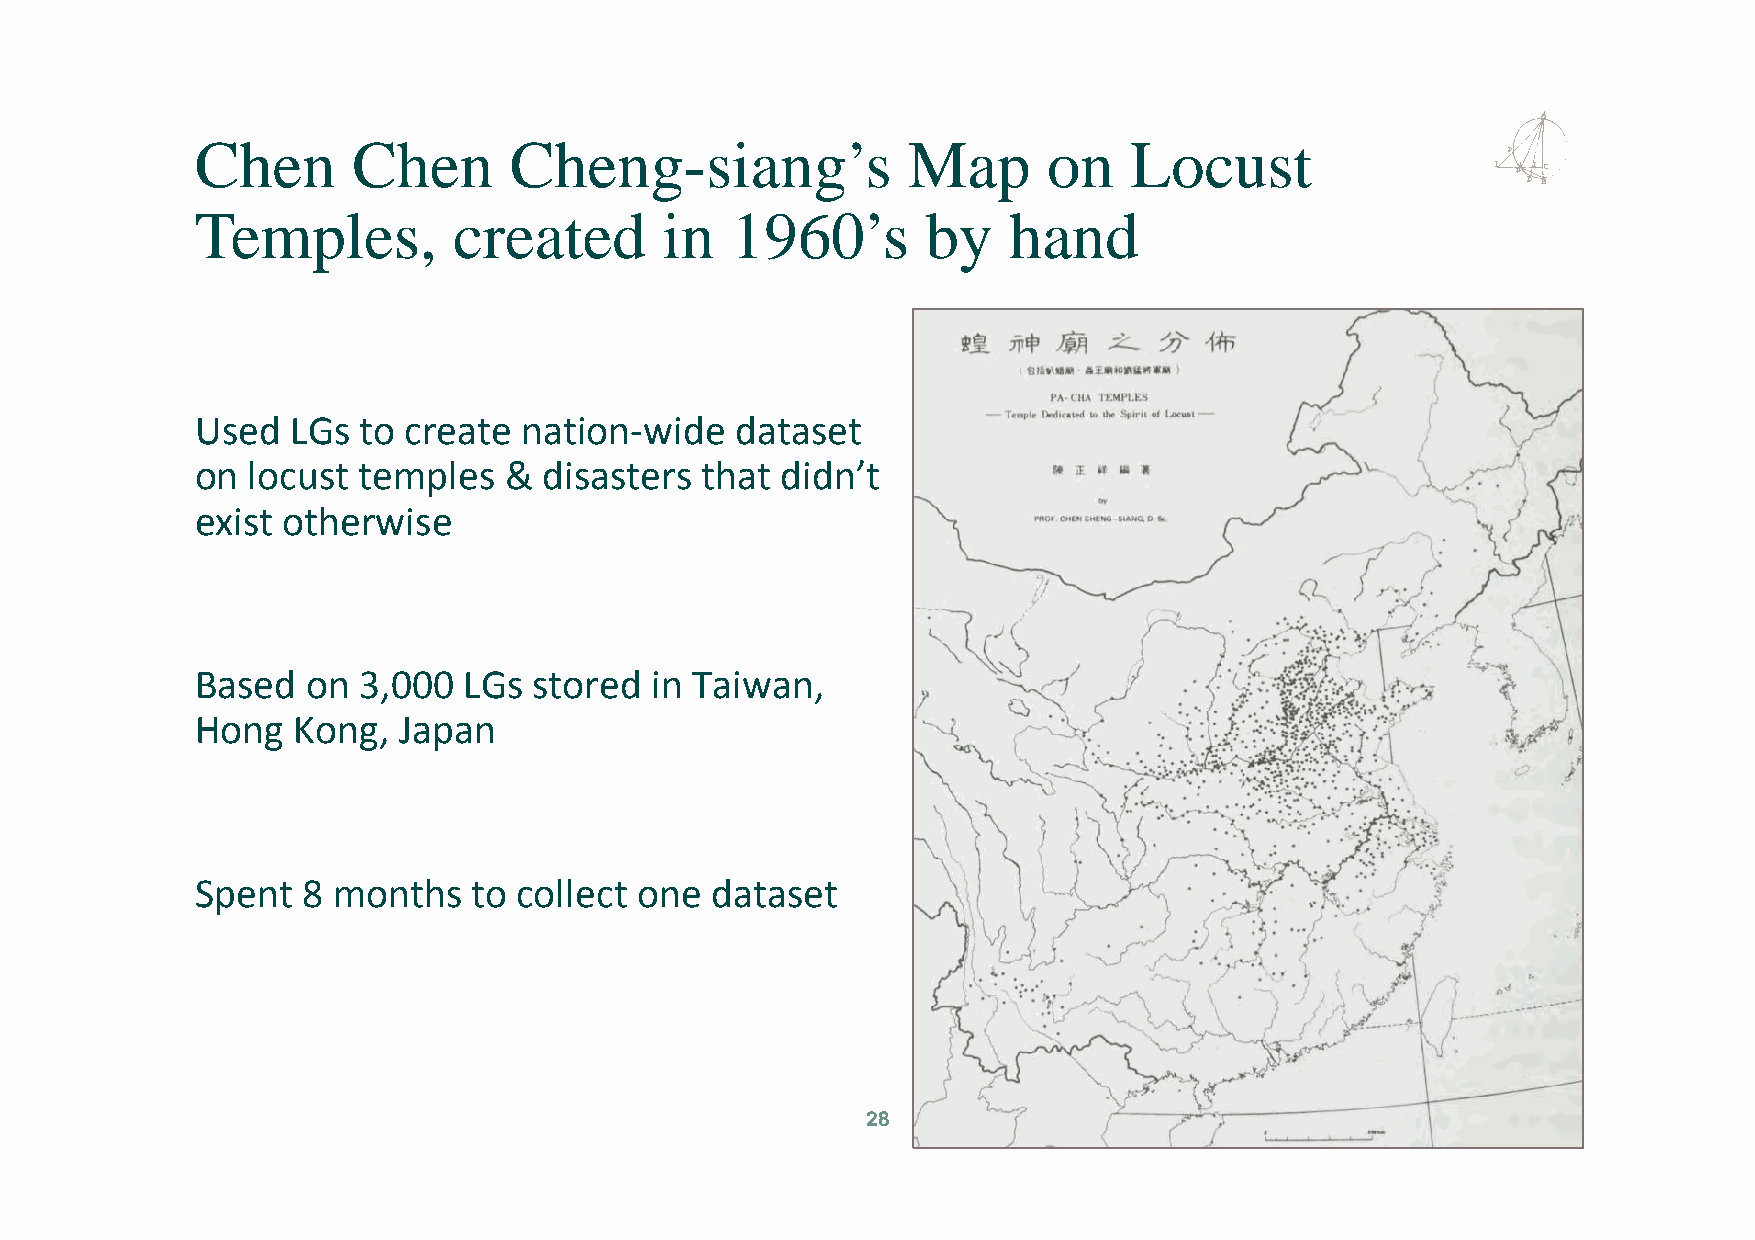
Chen      Chen       Cheng-siang’s             Map      on    Locust
 Temples,         created       in  1960’s       by    hand
 Used  LGs  to create  nation-wide   dataset
 on locust  temples  &  disasters that  didn’t
 exist otherwise
 Based  on  3,000  LGs stored  in Taiwan,
 Hong  Kong,  Japan
 Spent  8 months   to collect one  dataset
 28